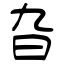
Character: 旮